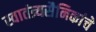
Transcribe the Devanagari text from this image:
स्वातंत्र्यसैनिकांचे